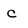
Character: C